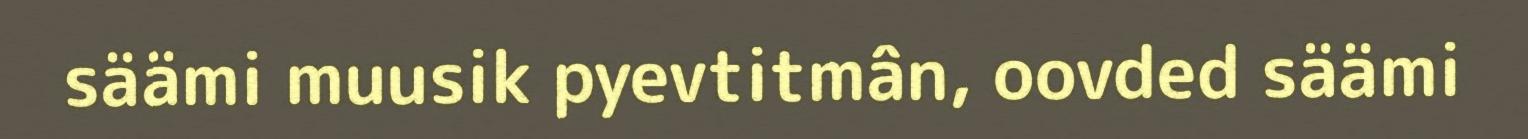
säämi muusik pyevtitmân, oovded säämi